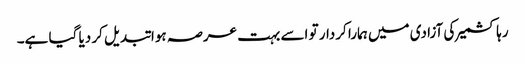
رہا کشمیر کی آزادی میں ہمارا کردار تو اسے بہت عرصہ ہوا تبدیل کر دیا گیا ہے۔